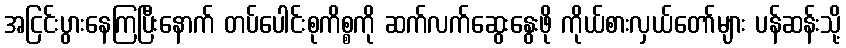
အငြင်းပွားနေကြပြီးနောက် တပ်ပေါင်းစုကိစ္စကို ဆက်လက်ဆွေးနွေးဖို ကိုယ်စားလှယ်တော်များ ပန်ဆန်းသို့